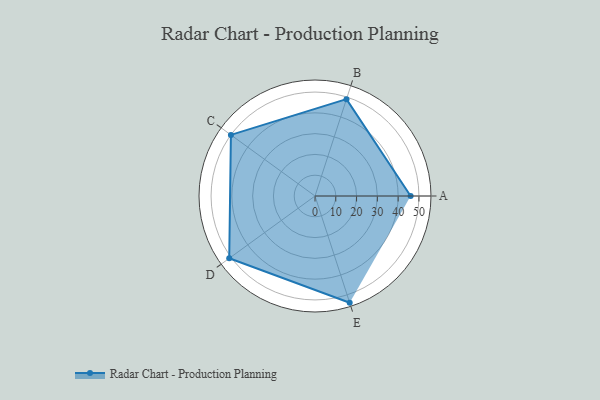
{"axis": {"x": "Skill", "y": "Score"}, "legend": ["Profile"], "data": [{"x": "A", "y": 46.0, "type": "Profile"}, {"x": "B", "y": 49.0, "type": "Profile"}, {"x": "C", "y": 50.0, "type": "Profile"}, {"x": "D", "y": 51.0, "type": "Profile"}, {"x": "E", "y": 54.0, "type": "Profile"}]}